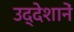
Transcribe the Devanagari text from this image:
उद्देशानें